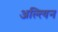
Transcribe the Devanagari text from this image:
अल्त्यिन